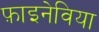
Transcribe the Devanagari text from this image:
फ़ाइनेविया